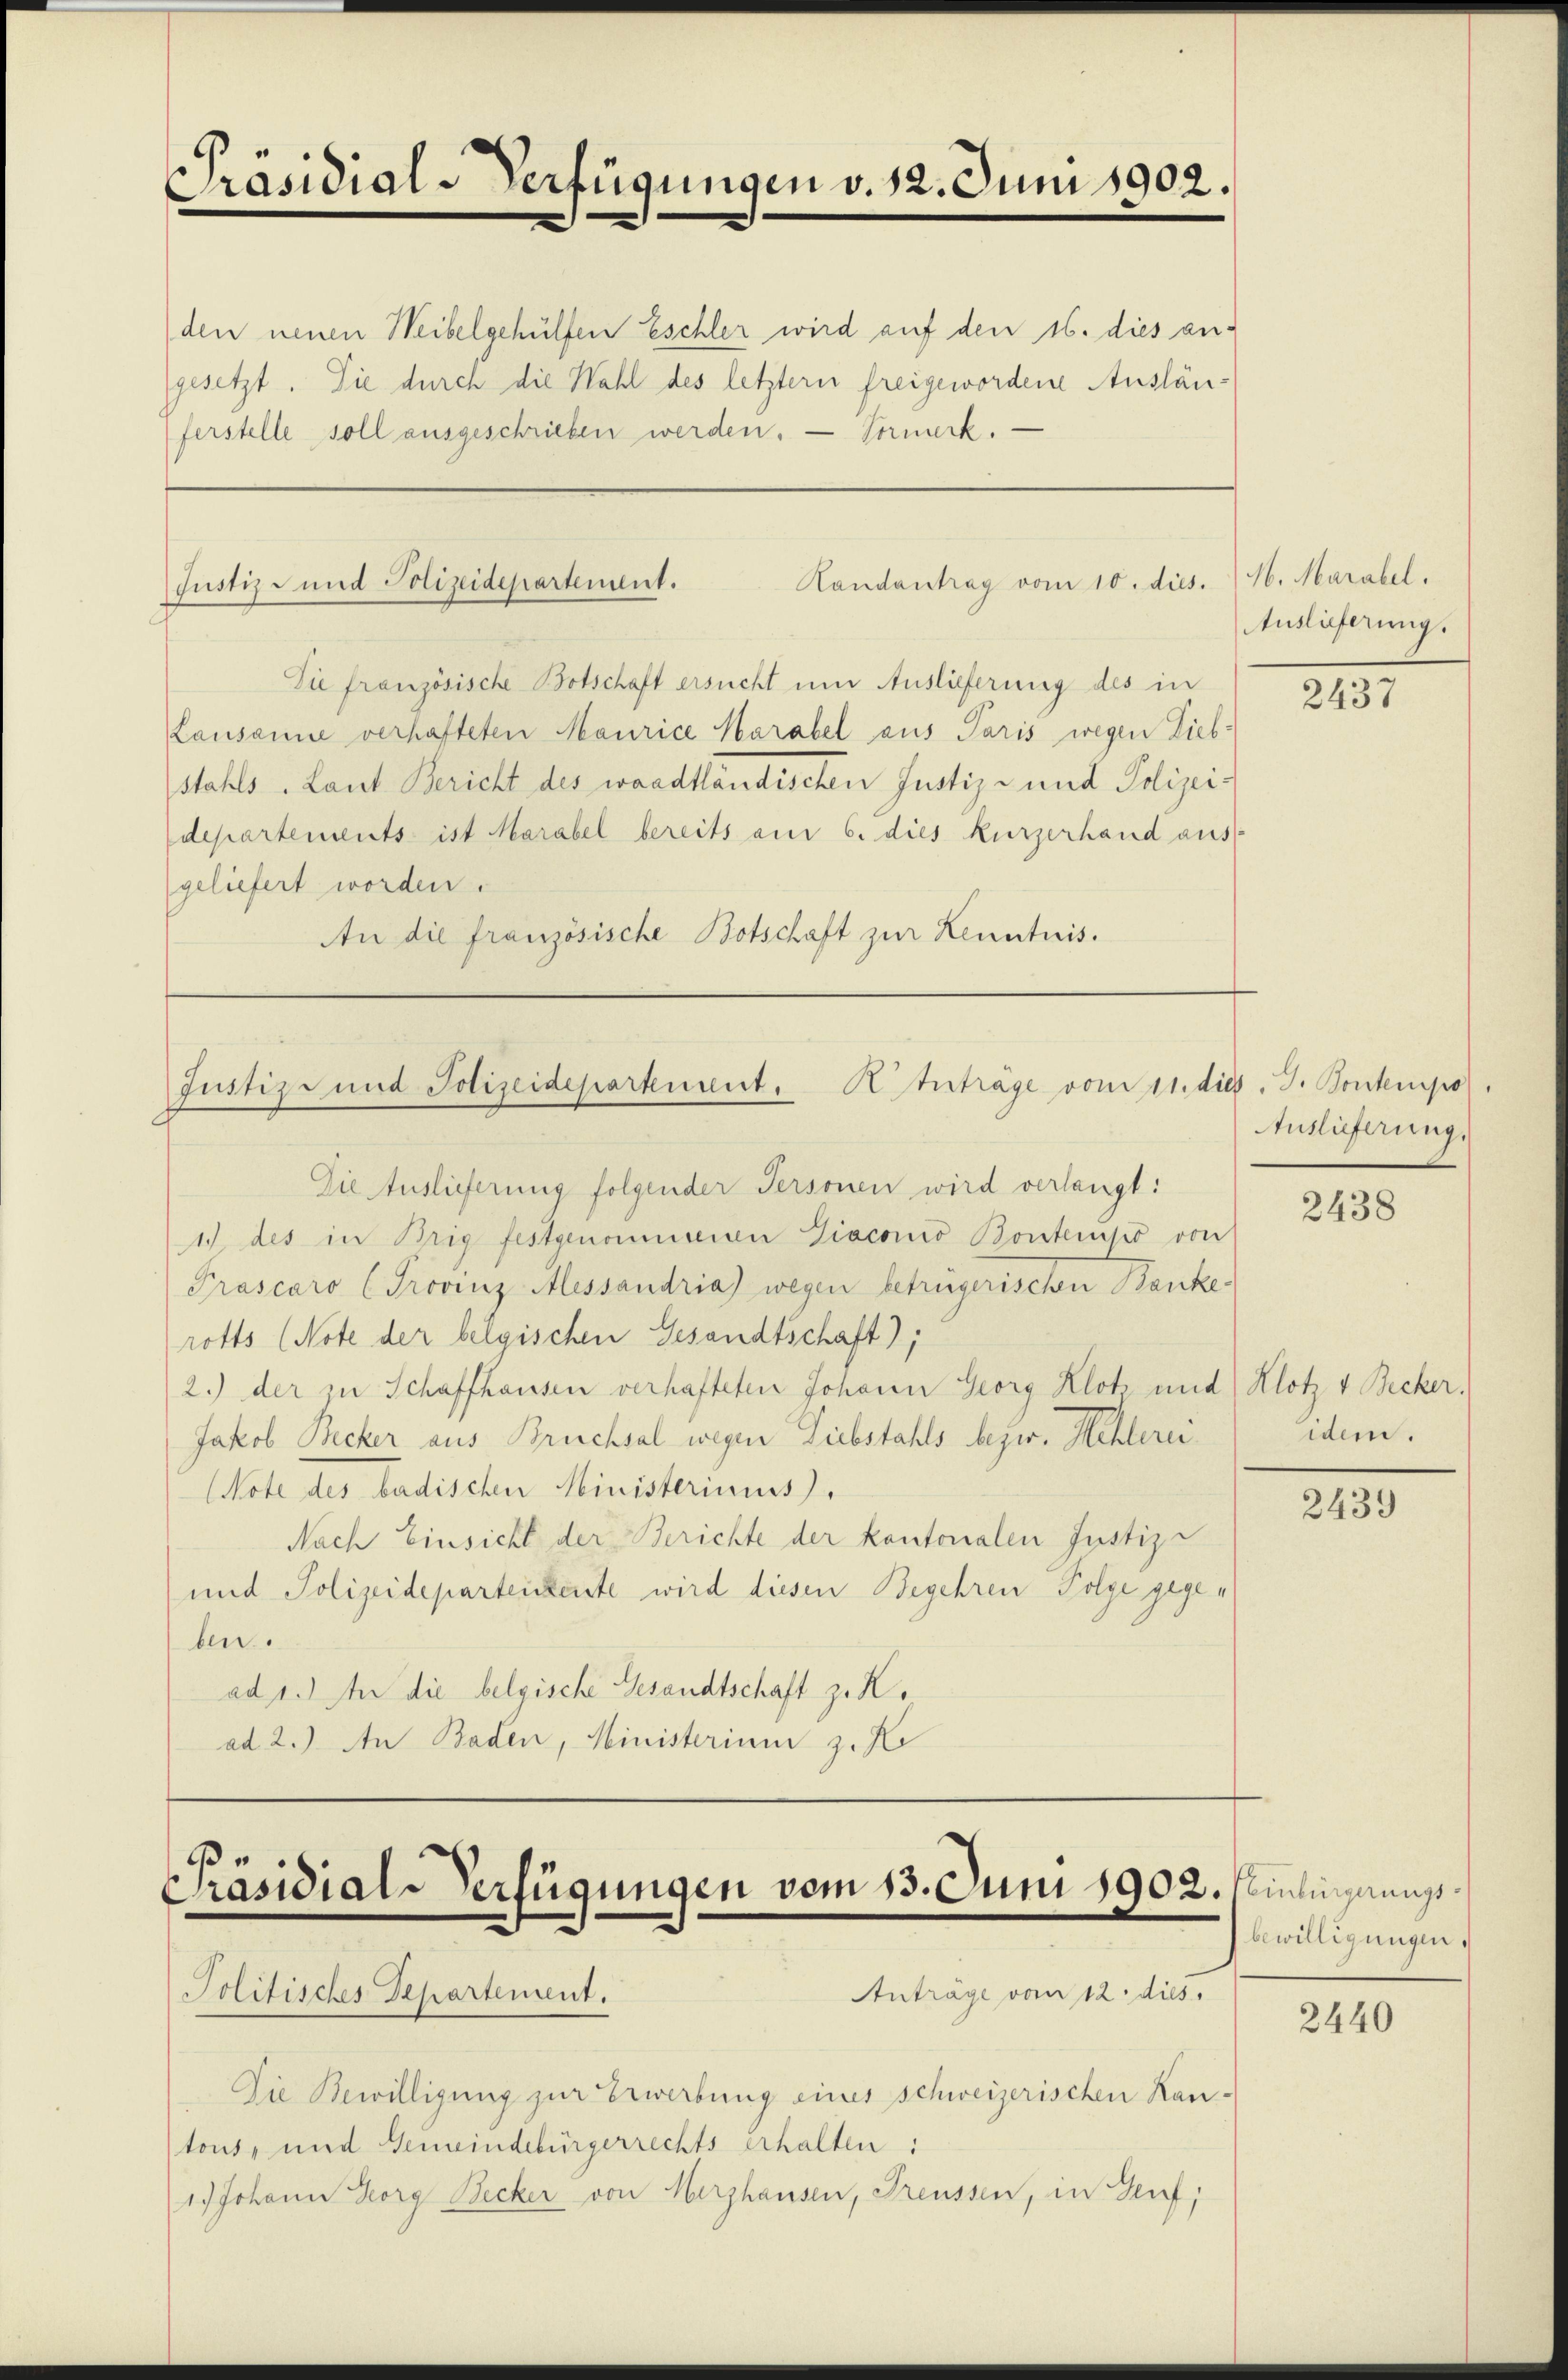
Präsidial-Verfügungen v. 312. Juni 1902.

Randantrag vom 10. dies. 14. Marabel.
Justiz und Polizeidepartement.

Justiz- und Polizeidepartement. Anträge vom 11. dies. J. Kontempo
Die Auslieferung folgender Personen wird verlangt:

den neuen Weibelgehülfen Eschler wird auf den 16. dies angesetzt. Sie durch die Wahl des letztern freigewordene Auslänferstelle soll ausgeschrieben werden. — Vormerk. —

Sie französische Botschaft ersucht um Auslieferung des in
Lausanne verhafteten Maurice Karabel aus Paris wegen Lieb-
stahls - Laut Bericht des waadtländischen Justiz- und Polizeidepartements ist Marabel bereits am 6. dies kurzerhand aus
geliefert worden.
An die französische Botschaft zur Kenntnis.

1) des in Brig festgenommenen Diaconio Bontenso von
Prascaro (Provinz Alessandria) wegen betrügerischen Banke-
rotts (Note der belgischen Gesandtschaft);
2.) der zu Schaffhausen verhafteten Johann Georg Klotz und Klotz v Becker.
Jakob Becker aus Bruchsal wegen Liebstahls bezw. Hehlerei¬
(Note des badischen Ministeriums,
Nach Einsicht der Berichte der kantonalen Justiz-
und Polizeideparteienste wird diesen Begehren Folge gegeben.
ad 1.) In die belgische Gesandtschaft z. K.
ad 2.) An Baden, Ministerium z. K

Präsidial-Verfügungen vom 13. Juni 1902. Seinigungs¬
Anträge vom 12. dies
Politisches Departement.

Die Bewilligung zur Erwerbung eines schweizerischen Kan-
tons- und Gemeindebürgerrechts erhalten:
1.) Johann Horg Becker von Merzhausen, Preussen, in Genf,

Auslieferung.

2137

Auslieferung,

2438

idem.

2439

bewilligungen.

2440